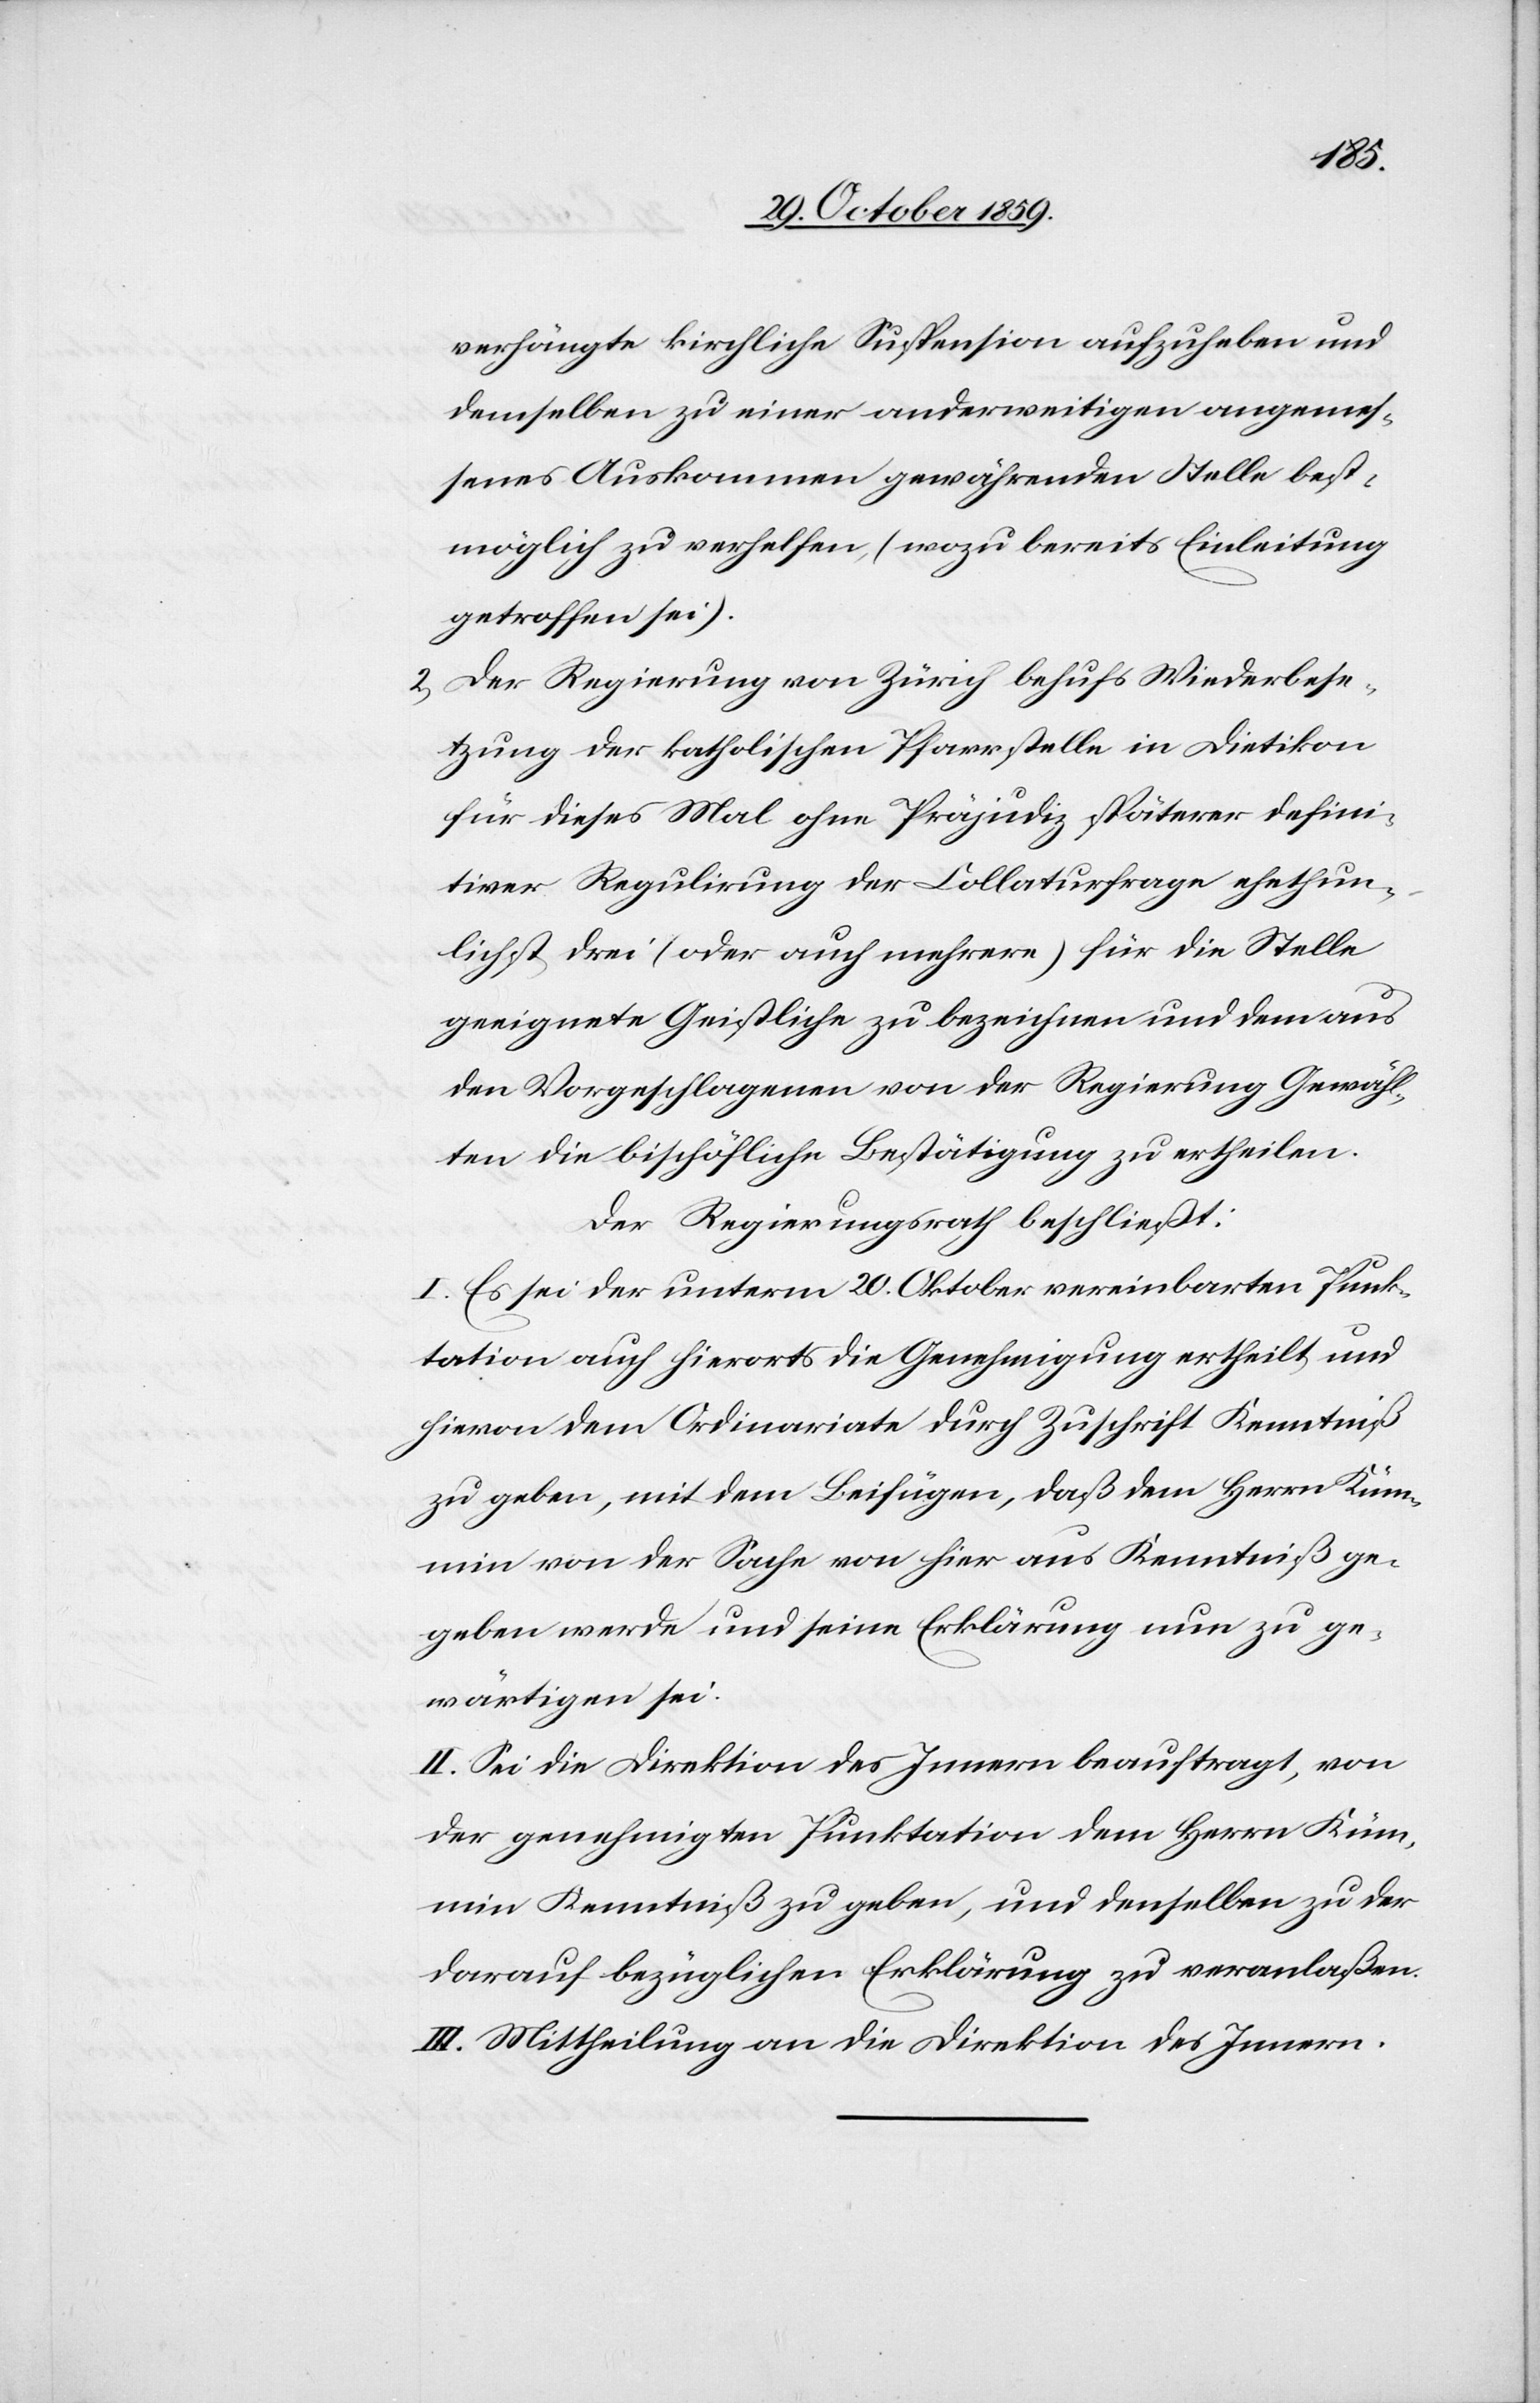
verhängte kirchliche Suspension aufzuheben und
demselben zu einer anderweitigen angemes¬
senes Auskommen gewährenden Stelle best¬
möglich zu verhelfen (wozu bereits Einleitung
getroffen sei).
2) Der Regierung von Zürich behufs Wiederbese¬
tzung der katholischen Pfarrstelle in Dietikon
für dieses Mal ohne Präjudiz späterer defini¬
tiver Regulirung der Collaturfrage ehethun¬
lichst drei (oder auch mehrere) für die Stelle
geeignete Geistliche zu bezeichnen und dem aus
den Vorgeschlagenen von der Regierung Gewähl¬
ten die bischöfliche Bestätigung zu ertheilen.
Der Regierungsrath beschließt:
I. Es sei der unterm 20. Oktober vereinbarten Punk¬
tation auch hierorts die Genehmigung ertheilt und
hievon dem Ordinariate durch Zuschrift Kenntniß
zu geben, mit dem Beifügen, daß dem Herrn Küm¬
min von der Sache von hier aus Kenntniß ge¬
geben werde und seine Erklärung nun zu ge¬
wärtigen sei.
II. Sei die Direktion des Innern beauftragt, von
der genehmigten Punktation dem Herrn Kümm¬
in Kenntniß zu geben, und denselben zu der
darauf bezüglichen Erklärung zu veranlaßen.
III. Mittheilung an die Direktion des Innern.